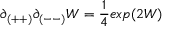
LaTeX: \partial _ { ( + + ) } \partial _ { ( -- ) } W = { \frac { 1 } { 4 } } e x p ( 2 W )